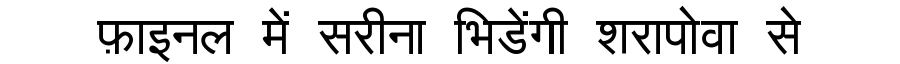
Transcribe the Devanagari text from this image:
फ़ाइनल में सरीना भिडेंगी शरापोवा से